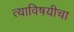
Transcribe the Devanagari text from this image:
त्याविषयीचा